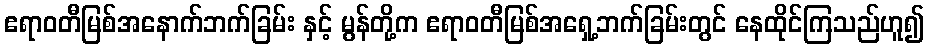
ဧရာဝတီမြစ်အနောက်ဘက်ခြမ်း နှင့် မွန်တို့က ဧရာဝတီမြစ်အရှေ့ဘက်ခြမ်းတွင် နေထိုင်ကြသည်ဟူ၍